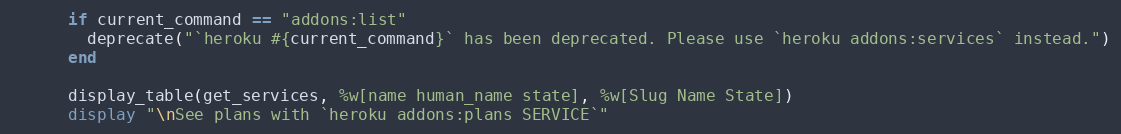
Language: Ruby
      if current_command == "addons:list"
        deprecate("`heroku #{current_command}` has been deprecated. Please use `heroku addons:services` instead.")
      end

      display_table(get_services, %w[name human_name state], %w[Slug Name State])
      display "\nSee plans with `heroku addons:plans SERVICE`"